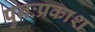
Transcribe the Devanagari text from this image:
पुनःप्रकाश